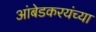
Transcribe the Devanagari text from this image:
आंबेडकरयंच्या